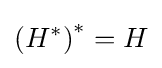
\left(H^{*}\right)^{*}=H